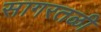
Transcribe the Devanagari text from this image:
सागरतळी